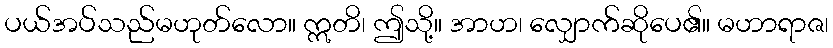
ပယ်အပ်သည်မဟုတ်လော။ ဣတိ၊ ဤသို့။ အာဟ၊ လျှောက်ဆိုပေ၏။ မဟာရာဇ၊